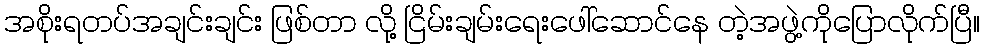
အစိုးရတပ်အချင်းချင်း ဖြစ်တာ လို့ ငြိမ်းချမ်းရေးဖေါ်ဆောင်နေ တဲ့အဖွဲ့ကိုပြောလိုက်ပြီ။